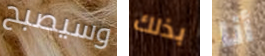
وسيصبح بذلك أنا